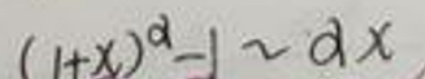
$(1 + x)^{\alpha}-1\sim\alpha x$